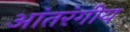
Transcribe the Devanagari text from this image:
आंतरंगीय